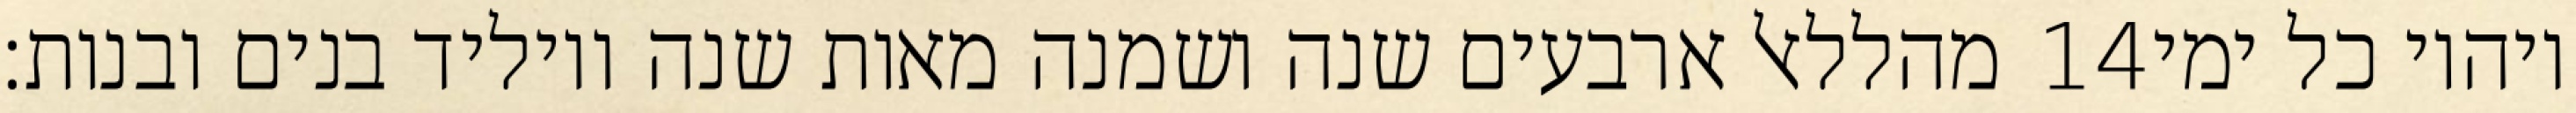
מהללאל ארבעים שנה ושמנה מאות שנה ויוליד בנים ובנות׃ ‎14‏ ויהיו כל ימי